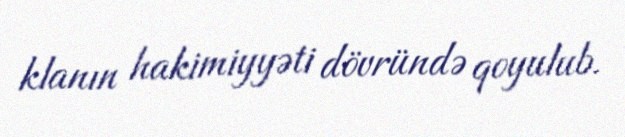
klanın hakimiyyəti dövründə qoyulub.